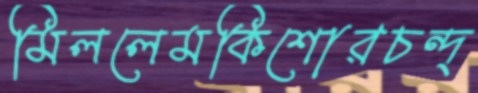
মিললেমকিশোরচন্দ্